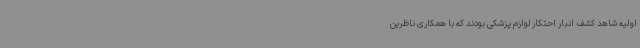
اولیه شاهد کشف انبار احتکار لوازم پزشکی بودند که با همکاری ناظرین